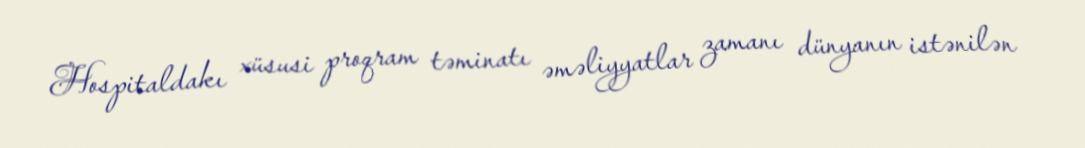
Hospitaldakı xüsusi proqram təminatı əməliyyatlar zamanı dünyanın istənilən